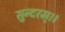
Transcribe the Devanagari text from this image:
सुन्दरम्।।